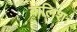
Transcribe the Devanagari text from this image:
बालिशः